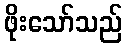
ဖိုးသော်သည်